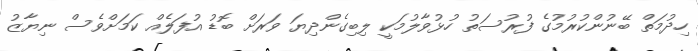
ހިދުމަތް ބޭނުންކުރުމުގެ ފުރުސަތު ހުޅުވާލުމަކީ ލިބިގެންދިޔަ ވަރަށް ބޮޑު އުފަލެއް ކަމަށްވެސް ނިޔާޒު